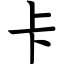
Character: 卡